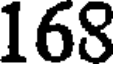
168